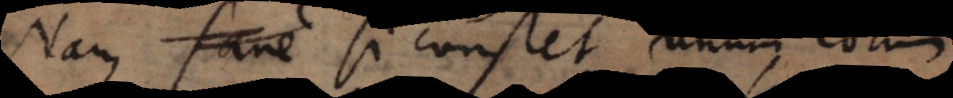
Nam si constet unum eorum